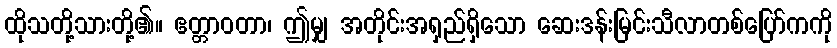
ထိုသတို့သားတို့၏။ ဧတ္တာဝတာ၊ ဤမျှ အတိုင်းအရှည်ရှိသော ဆေးဒန်းမြင်းသီလာတစ်ပြော်ကကို